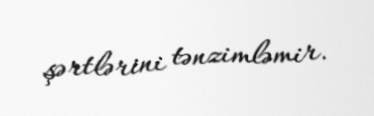
şərtlərini tənzimləmir.